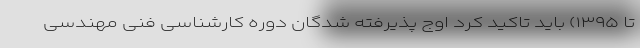
تا ۱۳۹۵) باید تاکید کرد اوج پذیرفته شدگان دوره کارشناسی فنی مهندسی